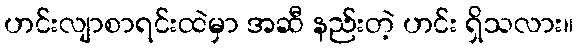
ဟင်းလျာစာရင်းထဲမှာ အဆီ နည်းတဲ့ ဟင်း ရှိသလား။